Annual report of the Punjab Veterinary College and of the Civil Veterinary Department, Punjab - 1894-1908
Year: 1894
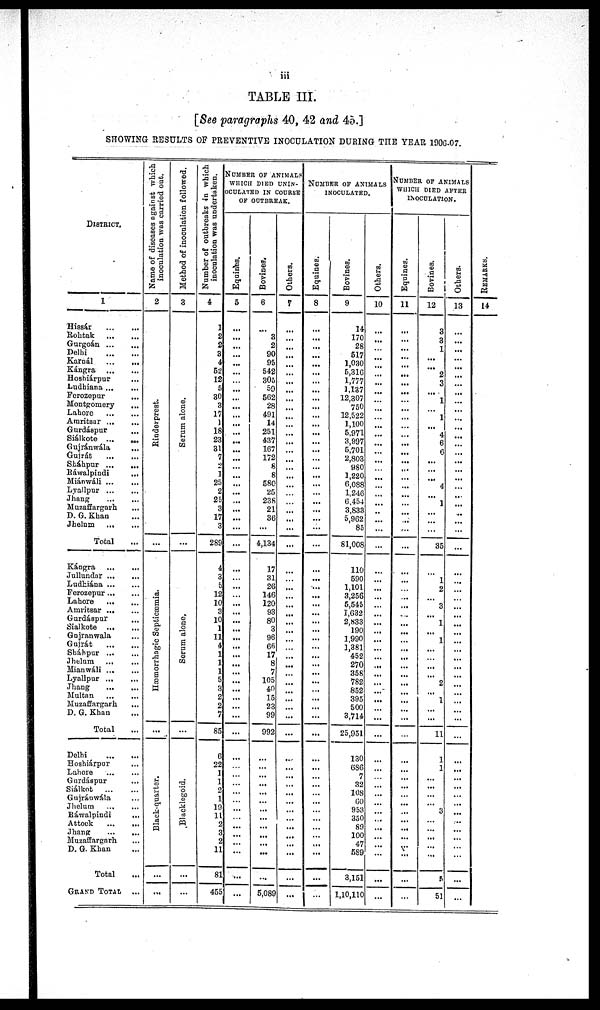
iii
TABLE III.
[See paragraphs 40, 42 and 45.]
SHOWING RESULTS OF PREVENTIVE INOCULATION DURING THE YEAR 1906-07.
DISTRICT.
1
Hissár ... ...
Rohtak ... ...
Gurgoán ... ...
Delhi ... ...
Karnál
...
...
Kángra ... ...
Hoshiárpur ...
Ludiana ... ...
Ferozepur ...
Montgomery
...
Lahore ... ...
Amritsar
...
...
Gurdáspur ...
Siálkote ...
...
Gujránwála
...
Gujrát
... ...
Sháhpur ...
...
Rawalpindi
...
Miánwáli ... ...
Lyallpur
...
...
Jhang ... ...
Muzaffargarh ...
D. G. Khan ...
Jhelum
...
...
Total ...
Kángra
...
...
Jullundar ... ...
Ludhiána ... ...
Ferozepur ... ...
Lahore
Amritsar ... ...
Gurdáspur
...
Siálkote ... ...
Gujranwala ...
Gujrát
...
...
Sháhpur ... ...
Jhelum ... ...
Mianwáli ... ...
Lyallpur ... ...
Jhang ... ...
Multan ... ...
Muzaffargarh ...
D. G. Khan ...
Total ...
Delhi
...
...
Hoshiárpur ...
Lahore ... ...
Gurdáspur ...
Siálkot
...
...
Gujránwála ...
Jhelum ... ...
Ráwalpindi ...
Attock
...
...
Jhang ... ...
Muzaffargarh ...
D. G. Khan ...
Total ...
GRAND TOTAL ...
Name of diseases against which
inoculation was carried out.
2
Rinderprest.
...
Hæmorrhagic Septicæmia.
Black-quarter.
...
...
Method of inoculation followed.
3
Serum alone.
...
Serum alone.
...
Blacklegoid.
...
...
Number of outbreaks in which
inoculation was undertaken.
4
1
2
2
3
4
52
12
5
30
3
17
1
18
23
31
7
2
1
25
2
25
3
17
3
289
4
3
5
12
10
3
10
1
11
4
1
1
1
5
3
2
2
7
85
6
22
1
1
2
1
19
11
2
3
4
11
81
455
NUMBER OF ANIMALS
WHICH DIED UNIN¬
OCULATED IN COURSE
OF OUTBREAK.
Equines.
5
...
...
...
...
...
...
...
...
...
...
...
...
...
...
...
...
...
...
...
...
...
...
...
...
...
...
...
...
...
...
...
...
...
...
...
...
...
...
...
...
...
...
...
...
...
...
...
...
...
...
...
...
...
...
...
...
...
...
Bovines.
6
...
3
2
90
95
542
305
59
562
28
491
14
251
437
167
172
8
8
580
25
238
21
36
...
4,134
17
31
26
146
120
93
80
3
96
66
17
8
7
105
40
15
23
99
992
...
...
...
...
... ...
...
...
...
...
...
...
...
5,089
Others.
7
...
...
...
...
...
...
...
...
...
...
...
...
...
...
...
...
...
...
...
...
...
...
...
...
...
...
...
...
...
...
...
...
...
...
...
...
...
...
...
...
...
...
...
...
...
...
...
...
...
...
...
...
...
...
...
...
...
NUMBER OF ANIMALS
INOCULATED.
Equines.
8
...
...
...
...
...
...
...
...
...
...
...
...
...
...
...
...
...
...
...
...
...
...
...
...
...
...
...
...
...
...
...
...
...
...
...
...
...
...
...
...
...
...
...
...
...
...
...
...
...
...
...
...
...
...
...
...
...
...
Bovines.
9
14
170
28
517
1,030
5,316
1,777
1,137
12,307
750
12,522
1,100
5,971
3,997
5,701
2,803
980
1,220
6,088
1,246
6,454
3,833
5,962
85
81,008
110
590
1,101
3,256
5,545
1,632
2,833
190
1,990
1,381
452
270
358
782
852
395
500
3,714
25,951
130
686
7
32
108
60
953
350
89
100
47
589
3,151
1,10,110
Others.
10
...
...
...
...
...
...
...
...
...
...
...
...
...
...
...
...
...
...
...
...
...
...
...
...
...
...
...
...
...
...
...
...
...
...
...
...
...
...
...
...
...
...
...
...
...
...
...
...
...
...
...
...
...
...
...
...
...
...
NUMBER OF ANIMALS
WHICH DIED AFTER
INOCULATION.
Equines.
11
...
...
...
...
...
...
...
...
...
...
...
...
...
...
...
...
...
...
...
...
...
...
...
...
...
...
...
...
...
...
...
...
...
...
...
...
...
...
...
...
...
...
...
...
...
...
...
...
...
...
...
...
...
...
...
...
...
...
Bovines.
12
3
3
1
...
...
2
3
...
1
...
1
...
4
6
6
...
...
...
4
...
1
...
...
...
35
...
1
2
...
3
...
1
...
1
...
...
...
...
2
...
1
...
...
11
1
1
...
...
...
...
3
...
...
...
...
...
5
51
Others.
13
...
...
...
...
...
...
...
...
...
...
...
...
...
...
...
...
...
...
...
...
...
...
...
...
...
...
...
...
...
...
...
...
...
...
...
...
...
...
...
...
...
...
...
...
...
...
...
...
...
...
...
...
...
...
...
...
...
...
REMARKS.
14